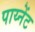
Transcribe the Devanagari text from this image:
पाय्नेंट